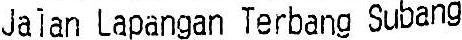
JALAN LAPANGAN TERBANG SUBANG